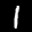
Label: 1